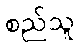
စည်သူ